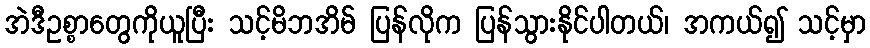
အဲဒီဥစ္စာတွေကိုယူပြီး သင့်မိဘအိမ် ပြန်လိုက ပြန်သွားနိုင်ပါတယ်၊ အကယ်၍ သင့်မှာ